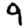
Digit: 9